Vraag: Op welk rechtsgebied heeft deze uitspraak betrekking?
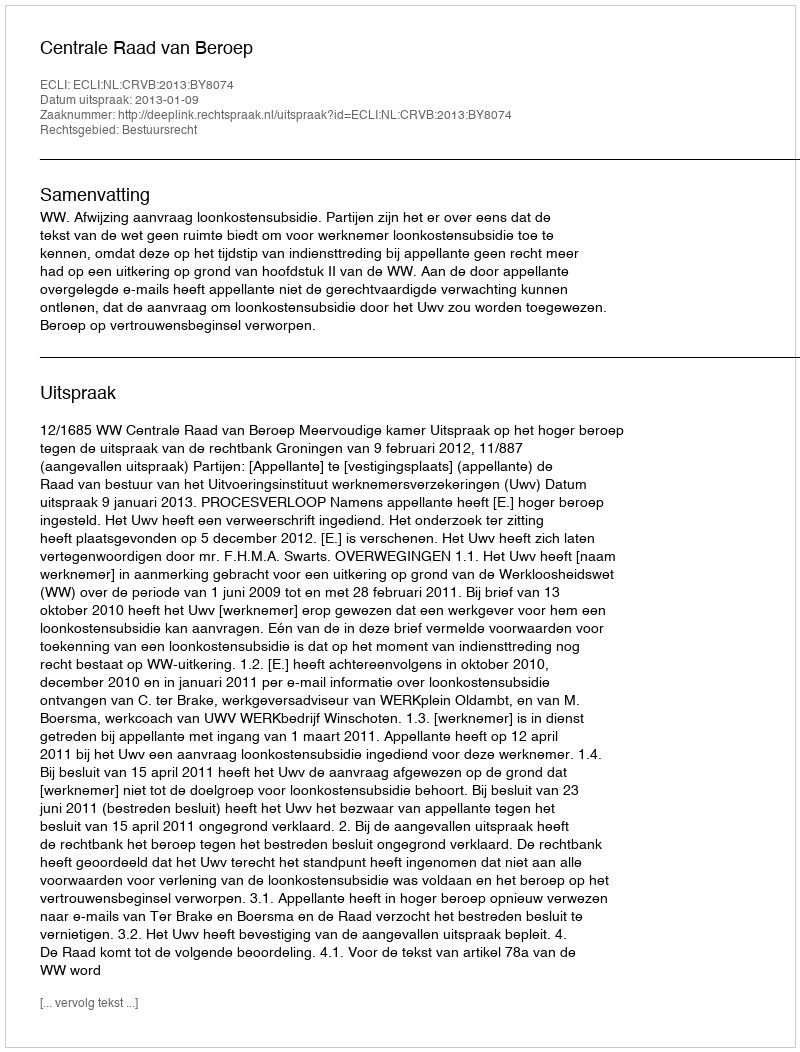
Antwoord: Bestuursrecht